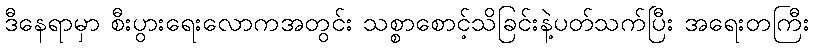
ဒီနေရာမှာ စီးပွားရေးလောကအတွင်း သစ္စာစောင့်သိခြင်းနဲ့ပတ်သက်ပြီး အရေးတကြီး